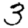
Digit: 3